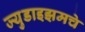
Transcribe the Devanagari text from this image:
ज्युडाइझमचे